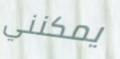
يمكنني